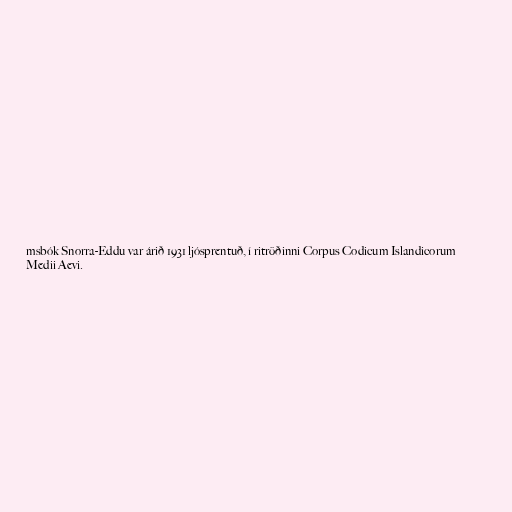
msbók Snorra-Eddu var árið 1931 ljósprentuð, í ritröðinni Corpus Codicum Islandicorum
Medii Aevi.